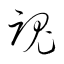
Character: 魂